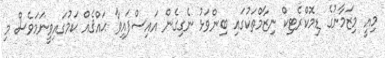
މިއީ މިޒަމާނުގެ ޑިމޮކްރެޓިކް ނިޒާމްތަކުގައި ބިންވަޅު ނެގިގެން އައިސްފައިވާ ޙައްޤެއް ކަމުގައިވީނަމަވެސް މި